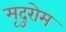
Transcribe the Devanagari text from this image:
मृदुरोम